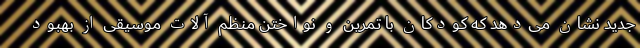
جدید نشان می‌دهد که کودکان با تمرین و نواختن منظم آلات موسیقی از بهبود